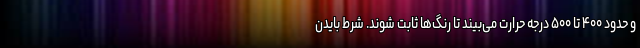
و حدود ۴۰۰ تا ۵۰۰ درجه حرارت می‌بیند تا رنگ‌ها ثابت شوند. شرط بایدن